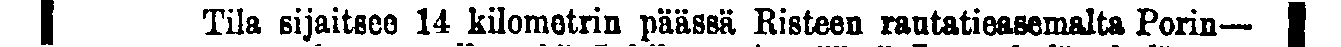
Tila sijaitsee 14 kilometrin päässä Risteen rautatieasemalta Porin—